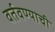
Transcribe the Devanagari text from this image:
वर्तवण्याची